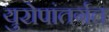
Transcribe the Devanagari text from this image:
युरोपांतर्गत